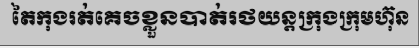
តៃកុងរត់គេចខ្លួនបាត់រថយន្តក្រុងក្រុមហ៊ុន